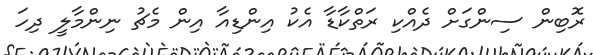
ރޮބިން ސިންގަށް ދެއްކި ރަތްކާޑާ އެކު އިންޑިއާ އިން މެޗު ނިންމާލީ ދިހަ